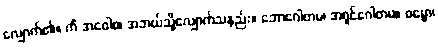
လျှောက်၏။ ကိံ အဝေါစ၊ အဘယ်သို့လျှောက်သနည်း။ ဘောဂေါတမ၊ အရှင်ဂေါတမ။ ဓမ္မော၊